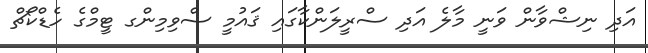
އަދި ނިޝްވާން ވަނީ މާލެ އަދި ސްރީލަންކާގައި ޤައުމީ ސްވިމިންގ ޓީމްގެ ހެޑްކޯޗް